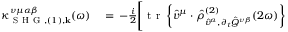
\begin{array} { r l } { \kappa _ { \mathrm { ~ S ~ H ~ G ~ } , ( 1 ) , \mathbf { k } } ^ { \nu \mu \alpha \beta } ( \omega ) } & { { } = \, - \frac { i } { 2 } \Bigg [ \mathrm { ~ t ~ r ~ } \left\{ \hat { v } ^ { \mu } \cdot \hat { \rho } _ { \hat { v } ^ { \alpha } , \partial _ { t } \hat { Q } ^ { \nu \beta } } ^ { ( 2 ) } ( 2 \omega ) \right\} } \end{array}